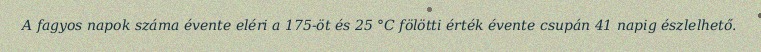
A fagyos napok száma évente eléri a 175-öt és 25 °C fölötti érték évente csupán 41 napig észlelhető.